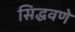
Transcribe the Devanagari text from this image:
सिद्धवणे